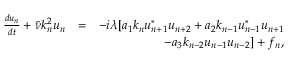
\begin{array} { r l r } { \frac { d u _ { n } } { d t } + \bar { \nu } k _ { n } ^ { 2 } u _ { n } } & { = } & { - i \lambda [ a _ { 1 } k _ { n } u _ { n + 1 } ^ { * } u _ { n + 2 } + a _ { 2 } k _ { n - 1 } u _ { n - 1 } ^ { * } u _ { n + 1 } } \\ & { } & { ~ ~ ~ - a _ { 3 } k _ { n - 2 } u _ { n - 1 } u _ { n - 2 } ] + f _ { n } , } \end{array}